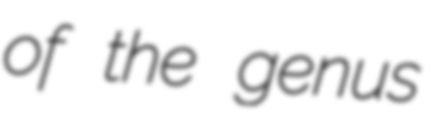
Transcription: of the genus